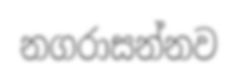
නගරාසන්නව